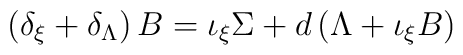
\left(\delta_{\xi}+\delta_{\Lambda}\right) B =         \iota_{\xi}\Sigma + d\left(\Lambda+ \iota_{\xi}B\right)